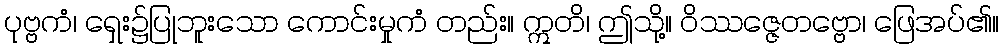
ပုဗ္ဗကံ၊ ရှေး၌ပြုဘူးသော ကောင်းမှုကံ တည်း။ ဣတိ၊ ဤသို့။ ဝိဿဇ္ဇေတဗ္ဗော၊ ဖြေအပ်၏။